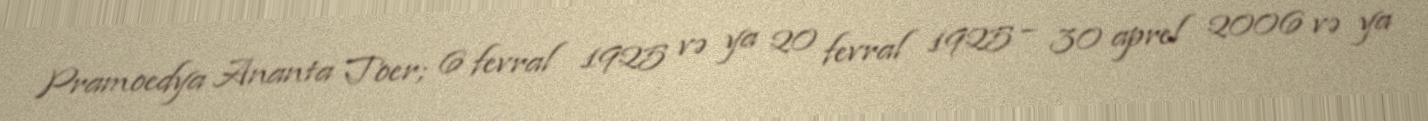
Pramoedya Ananta Toer; 6 fevral 1925 və ya 20 fevral 1925 – 30 aprel 2006 və ya